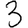
Digit: 3